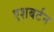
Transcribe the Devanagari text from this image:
एशबर्टन